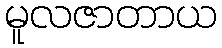
မူလဇာတာယ